Veterinary [1904] -
Year: 1904
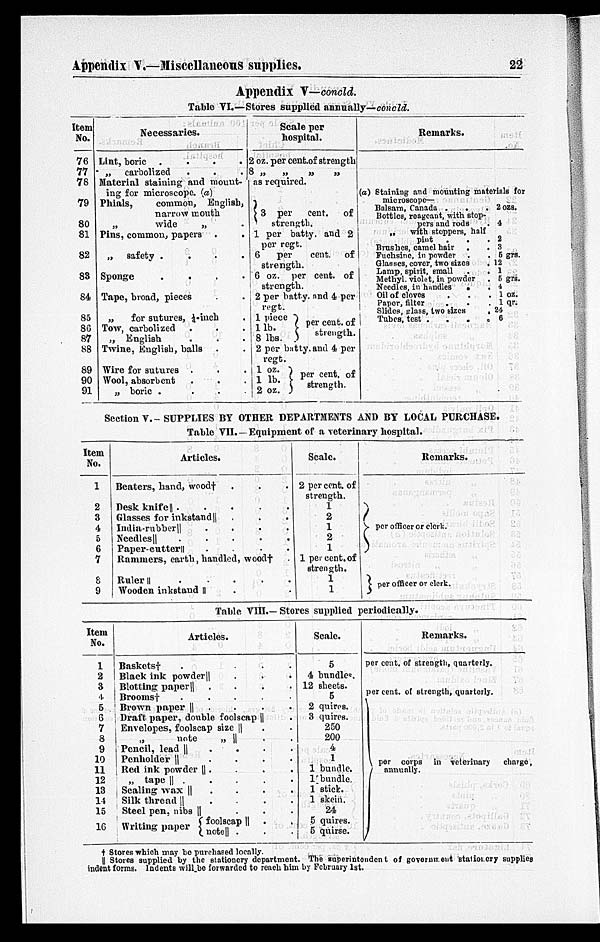
Appendix V.—Miscellaneous supplies.
22
Appendix V—concld.
Table VI.—Stores supplied annually—concld.
Item
No.
76
77
78
79
80
81
82
83
84
85
86
87
88
89
90
91
Necessaries.
Lint, boric .
.
.
.
„ carbolized . . .
Material staining and mount-
ing for microscope. (a)
Phials,
common, English,
narrow month
„
wide
„ .
Pins, common, papers . .
„ safety .
.
.
.
Sponge
.
.
.
.
Tape, broad, pieces
„
for sutures, ¼-inch .
Tow, carbolized
„ English . . .
Twine, English, balls . .
Wire for sutures . . .
Wool, absorbent . . .
„ boric .
.
.
.
Scale per
hospital.
2 oz. per cent.of strength
8
„
„
„
„
as required.
3 per cent. of
strength.
1 per batty. and 2
per regt.
6
per cent. of
strength.
6 oz. per cent. of
strength.
2 per batty. and 4 per
regt.
1 piece
1 lb.
8 lbs.
per cent. of
strength.
2 per batty. and 4 per
regt.
1 oz.
1 lb.
2 oz.
per cent. of
strength.
Remarks.
(a) Staining and mounting materials for
microscope—
Balsam, Canada .
.
.
2
ozs.
Bottles, reageant, with stop-
pers and rods
.
4
„
with stoppers, half
pint
.
.
.
2
Brashes, camel hair
.
.
3
Fuchsine, in powder . . 5 grs.
Glasses, cover, two sizes
. 12
Lamp, spirit, small
.
. 1
Methyl, violet, in powder
. 5 grs.
Needles, in handles
.
.
4
Oil of cloves
.
.
.1
oz.
Paper, filter
.
.
.1
qr.
Slides, glass, two sizes
.
24
Tubes, test . . . . 6
Section V.—SUPPLIES BY OTHER DEPARTMENTS AND BY LOCAL PURCHASE.
Table VII.—Equipment of a veterinary hospital.
Item
No.
1
2
3
4
5
6
7
8
9
Articles.
Beaters, hand, wood† . . .
Desk knife || .
.
.
.
.
Glasses for inkstand ||
.
.
.
India-rubber||
.
.
.
.
Needles ||
. .
Paper-cutter||
.
.
.
.
Rammers, earth, handled, wood† .
Ruler || . . . . . .
Wooden inkstand || . .
Scale.
2 per cent. of
strength.
1
2
1
2
1
1 per cent. of
strength.
1
1
Remarks.
per officer or clerk.
per officer or clerk.
Table VIII.— Stores supplied periodically.
Item
No.
1
2
3
4
5
6
7
8
9
10
11
12
13
14
15
16
Articles.
Baskets† . . . .
Black ink powder || . . .
Blotting paper|| . . . .
Brooms†
.
.
.
. .
Brown paper || .
. . .
Draft paper, double foolscap || .
Envelopes, foolscap size || .
„
note
„ || . .
Pencil, lead || . . . .
Penholder
||
.
.
. .
Red ink powder || . . . .
„ tape || . . . .
Scaling wax || . . . .
Silk thread ||
.
.
. .
Steel pen, nibs || . . .
Writing paper
foolscap || . .
note || . . . .
Scale.
5
4 bundle.
12 sheets.
5
2 quires.
3 quires.
250
200
4
1
1 bundle.
1 bundle.
1 stick.
1 skein.
24
5 quires.
5 quirse.
Remarks.
per cent. of strength, quarterly.
per cent. of strength, quarterly.
per corps
in veterinary
charge,
annually.
† Stores which may be purchased locally.
|| Stores supplied by the stationery department. The superintendent of government stationery supplies
indent forms. Indents will be forwarded to reach him by February 1st.